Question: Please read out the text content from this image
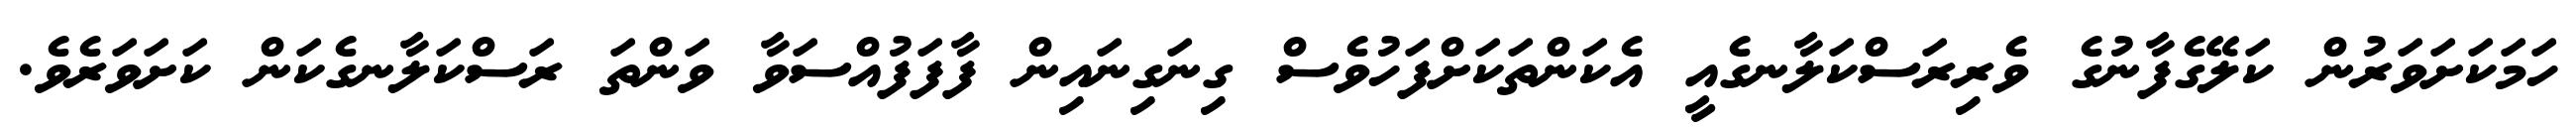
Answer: ހަމަކަށަވަރުން ކަލޭގެފާނުގެ ވެރިރަސްކަލާނގެއީ އެކަންތަކަށްފަހުވެސް ގިނަގިނައިން ފާފަފުއްސަވާ ވަންތަ ރަސްކަލާނގެކަން ކަށަވަރެވެ.